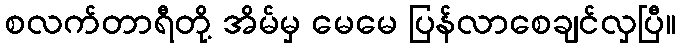
စလက်တာရီတို့ အိမ်မှ မေမေ ပြန်လာစေချင်လှပြီ။